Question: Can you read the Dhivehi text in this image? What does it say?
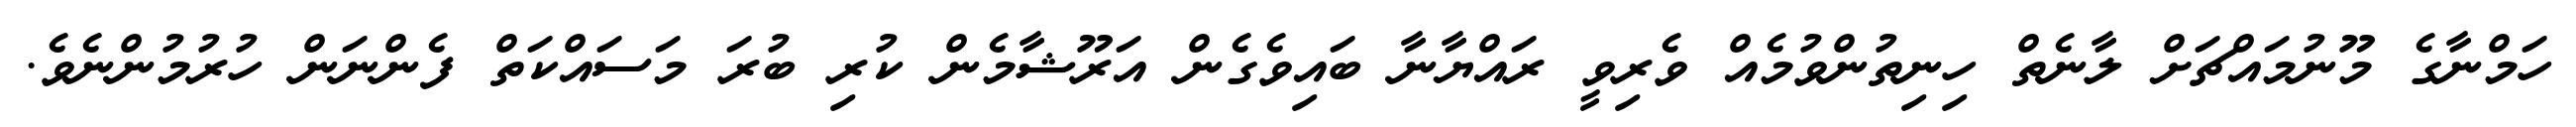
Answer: ހަމްނާގެ މޫނުމައްޗަށް ލާނެތް ހިނިތުންވުމެއް ވެރިވީ ރައްޔާނާ ބައިވެގެން އަރޫޝާމެން ކުރި ބުރަ މަސައްކަތް ފެންނަން ހުރުމުންނެވެ.